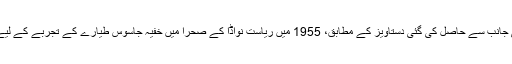
ایک امریکی یونیورسٹی کی جانب سے حاصل کی گئی دستاویز کے مطابق، 1955 میں ریاست نواڈا کے صحرا میں خفیہ جاسوس طیارے کے تجربے کے لیے جگہ حاصل کی گئی تھی۔